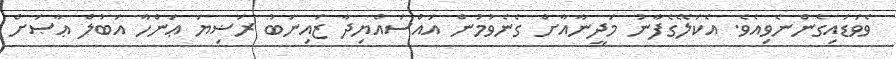
ވެވަޑައިގެންނެވިއެވެ. އެކަލޭގެފާނު މަދީނާއާށް ގެނެވުމުން އައްސައްޔިދާ ޒައިނަބު ރަޟިޔަ ޢަންހާ އަބުލް ޢާޞަށް